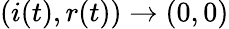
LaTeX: (i(t),r(t))\to(0,0)